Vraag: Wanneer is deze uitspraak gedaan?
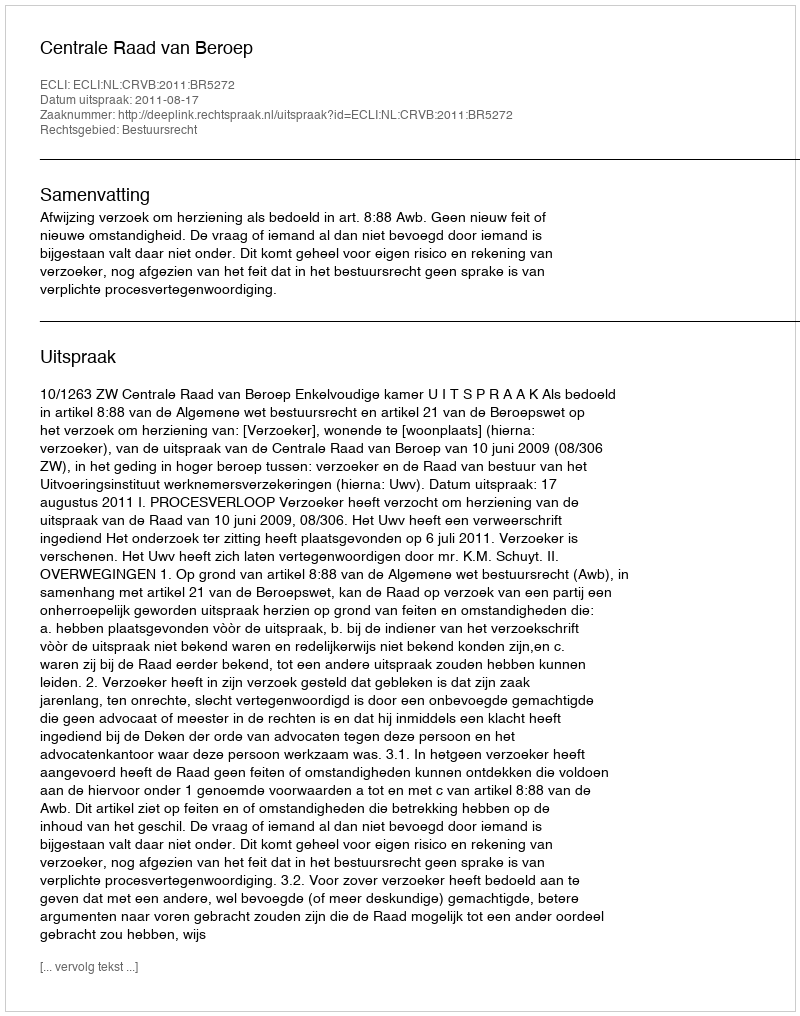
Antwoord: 2011-08-17